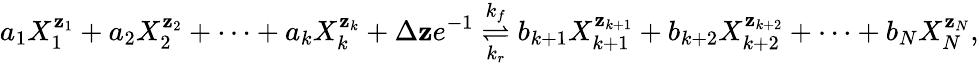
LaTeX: a_{1}X_{1}^{\mathbf{z}_{1}}+a_{2}X_{2}^{\mathbf{z}_{2}}+\cdots+a_{k}X_{k}^{\mathbf{z}_{k}}+\Delta\mathbf{z}e^{-1}\overset{k_{f}}{\underset{k_{r}}{\rightleftharpoons}}b_{k+1}X_{k+1}^{\mathbf{z}_{k+1}}+b_{k+2}X_{k+2}^{\mathbf{z}_{k+2}}+\cdots+b_{N}X_{N}^{\mathbf{z}_{N}},